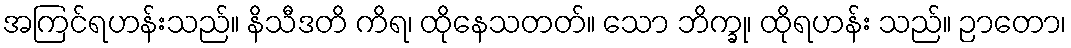
အကြင်ရဟန်းသည်။ နိသီဒတိ ကိရ၊ ထိုနေသတတ်။ သော ဘိက္ခု၊ ထိုရဟန်း သည်။ ဉာတော၊